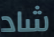
شاد